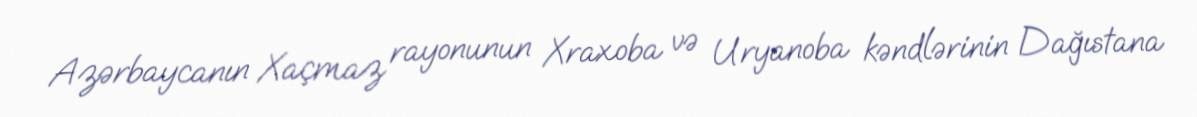
Azərbaycanın Xaçmaz rayonunun Xraxoba və Uryanoba kəndlərinin Dağıstana